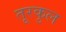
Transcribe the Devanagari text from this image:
तूरकुल